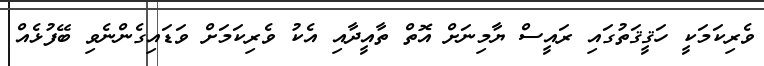
ވެރިކަމަކީ ހަޤީޤަތުގައި ރައީސް ޔާމިނަށް އޮތް ތާއީދާއި އެކު ވެރިކަމަށް ވަޑައިގެންނެވި ބޭފުޅެއް